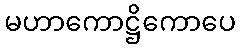
မဟာကောဋ္ဌိကောပေ